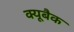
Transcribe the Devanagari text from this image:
क्यूबैक